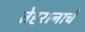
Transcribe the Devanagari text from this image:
तेहरानाचे